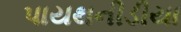
પાયથનીડીયા